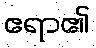
ဧရာ၏